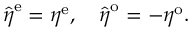
\begin{array} { r } { \hat { \boldsymbol { \eta } } ^ { \mathrm { e } } = { \boldsymbol { \eta } } ^ { \mathrm { e } } , \quad \hat { \boldsymbol { \eta } } ^ { \mathrm { o } } = - { \boldsymbol { \eta } } ^ { \mathrm { o } } . } \end{array}